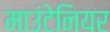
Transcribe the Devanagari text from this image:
माउंटेनियर